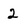
Character: 2